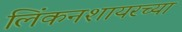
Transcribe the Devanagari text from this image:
लिंकनशायरच्या